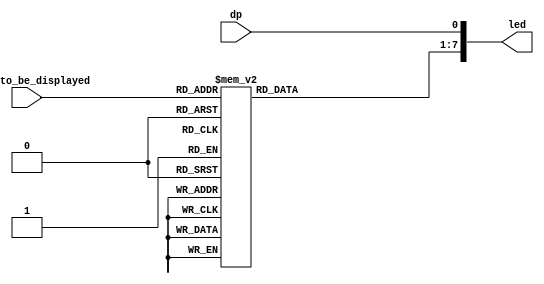
/* 
single seven segment led display controller
*/
module seven_segment_display (
	input wire [3:0] digit_to_be_displayed,		// 8 bit binary value of digit to be displayed 0 - 9
	input wire dp,								// decimal point
	output reg [7:0] led 						// output wires to the seven segment display
	);

	always @* begin	
		case(digit_to_be_displayed) 
			4'h0 : led[7:1] = 7'b0000001;
			4'h1 : led[7:1] = 7'b1001111;
			4'h2 : led[7:1] = 7'b0010010;
			4'h3 : led[7:1] = 7'b0000110;
			4'h4 : led[7:1] = 7'b1001100;
			4'h5 : led[7:1] = 7'b0100100;
			4'h6 : led[7:1] = 7'b0100000;
			4'h7 : led[7:1] = 7'b0001111;
			4'h8 : led[7:1] = 7'b0000000;
			4'h9 : led[7:1] = 7'b0000100;
			default : led[7:1] = 7'b1111111;
		endcase
		led[0] = dp;
	end
endmodule

// module test_bench();
// 		reg [3:0] DIGIT_TO_BE_DISPLAYED;
// 		reg DP;
// 		wire [7:0] LED;

// 		seven_segment_display s(.digit_to_be_displayed(DIGIT_TO_BE_DISPLAYED),.dp(DP),.led(LED));	

// 		initial begin
// 			$dumpfile("simulation.vcd");
// 			$dumpvars(0,DIGIT_TO_BE_DISPLAYED,DP,LED);
// 		end

// 		initial begin
// 			DIGIT_TO_BE_DISPLAYED = 0;
// 			DP = 1'b0;
// 		end

// 		always begin
// 			#1 DIGIT_TO_BE_DISPLAYED = DIGIT_TO_BE_DISPLAYED + 1;
// 			if(DIGIT_TO_BE_DISPLAYED == 10) begin
// 					DP = ~ DP;
// 					DIGIT_TO_BE_DISPLAYED = 0;
// 			end
// 		end

// 		initial 
// 			#100 $finish;

// endmodule